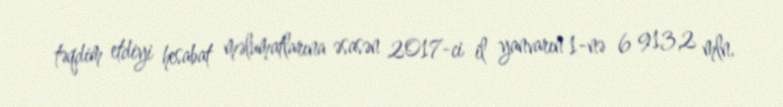
təqdim etdiyi hesabat məlumatlarına əsasən 2017-ci il yanvarın 1-nə 6 913,2 mln.